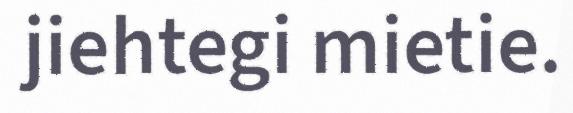
jiehtegi mietie.